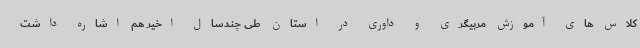
کلاس های آموزش مربیگری و داوری در استان طی چندسال اخیر هم اشاره داشت